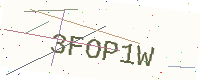
Text: 3FOP1W